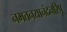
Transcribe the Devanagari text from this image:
नभतनयानंदनरिपू